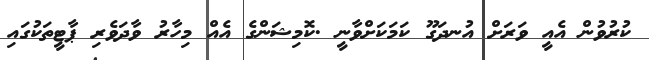
ކުރުވުން އެއީ ވަރަށް އުނދަގޫ ކަމަކަށްވާނީ .ކޮމިޝަންގެ އެއް މިހާރު ވާދަވެރި ޕާޓީތަކުގައި